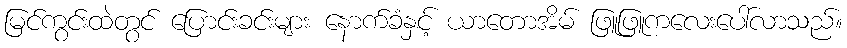
မြင်ကွင်းထဲတွင် ပြောင်းခင်းများ နောက်ခံနှင့် ယာတောအိမ် ဖြူဖြူကလေးပေါ်လာသည်။